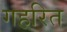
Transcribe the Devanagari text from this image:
गहरित